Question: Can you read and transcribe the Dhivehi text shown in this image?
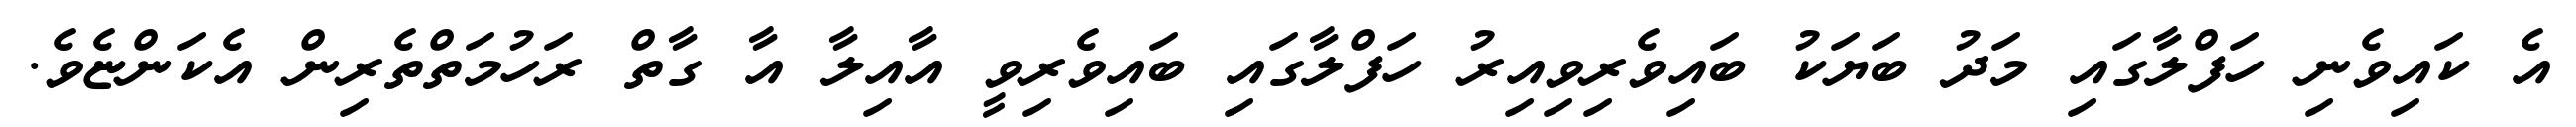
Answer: އެ ކައިވެނި ހަފްލާގައި މަދު ބަޔަކު ބައިވެރިވިއިރު ހަފްލާގައި ބައިވެރިވީ އާއިލާ އާ ގާތް ރަހުމަތްތެރިން އެކަންޏެވެ.